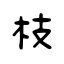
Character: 枝